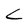
Character: L